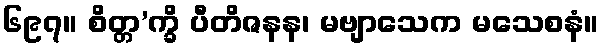
၆၉၇။ စိတ္တ’က္ခိ ပီတိဇနန၊ မဗျာသေက မသေစနံ။